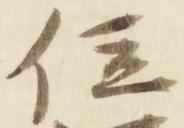
位